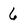
Character: 6